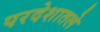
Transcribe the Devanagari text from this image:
परदेशातले